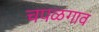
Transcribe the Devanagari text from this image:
चपळगाव